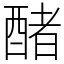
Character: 醏